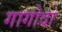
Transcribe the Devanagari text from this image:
गागोदा